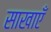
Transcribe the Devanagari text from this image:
साखाएँ